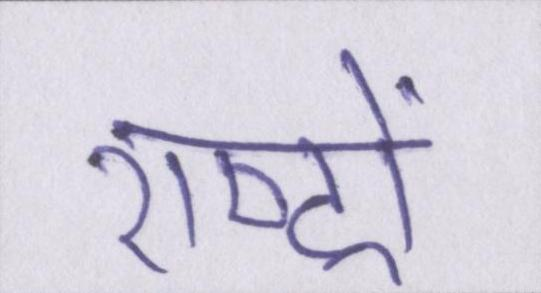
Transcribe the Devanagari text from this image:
राष्ट्रों